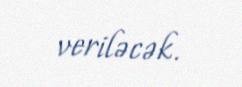
veriləcək.